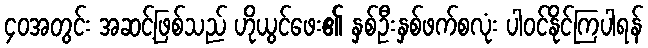
၄၀အတွင်း အဆင့်ဖြစ်သည် ဟိုယွင်ဖေး၏ နှစ်ဦးနှစ်ဖက်စလုံး ပါဝင်နိုင်ကြပါရန်